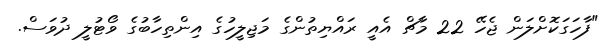
"ފާހަގަކޮށްލަން ޖެހޭ 22 މާޗް އެއީ ރައްޔިތުންގެ މަޖިލީހުގެ އިންތިހާބުގެ ވޯޓުލީ ދުވަސް.